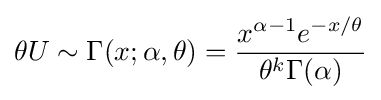
\theta U\sim \Gamma (x;\alpha ,\theta )={\frac {x^{\alpha -1}e^{-x/\theta }}{\theta ^{k}\Gamma (\alpha )}}